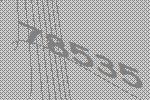
78535